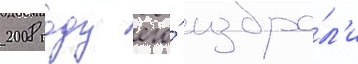
2008 году его́ избра́л'и